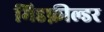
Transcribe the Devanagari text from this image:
मिडफ़ील्डर